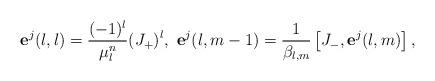
LaTeX: \begin{align*}\mathbf{e}^{j}(l,l)=\frac{(-1)^{l}}{\mu^{n}_{l}}(J_{+})^{l},\ \mathbf{e}^{j}(l,m-1)=\frac{1}{\beta_{l,m}}\left[ J_{-},\mathbf{e}^{j}(l,m)\right] , \end{align*}